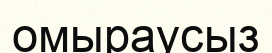
омыраусыз